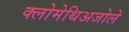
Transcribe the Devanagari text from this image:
क्लोमेथिअजोले